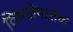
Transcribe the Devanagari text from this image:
विष्णोपासक